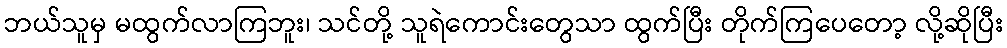
ဘယ်သူမှ မထွက်လာကြဘူး၊ သင်တို့ သူရဲကောင်းတွေသာ ထွက်ပြီး တိုက်ကြပေတော့ လို့ဆိုပြီး